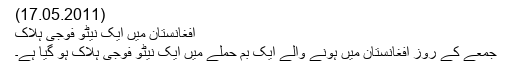
(17.05.2011)
افغانستان میں ایک نیٹو فوجی ہلاک
جمعے کے روز افغانستان میں ہونے والے ایک بم حملے میں ایک نیٹو فوجی ہلاک ہو گیا ہے۔